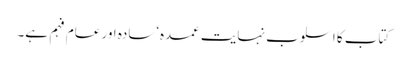
کتاب کا اسلوب نہایت عمدہ‘سادہ اور عام فہم ہے۔